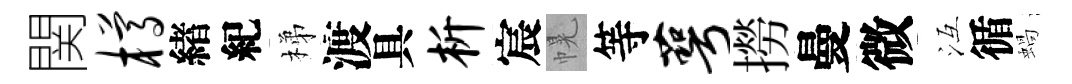
関樽緖紀梯渡具析宸幌等萼撈曼微冱循蝸